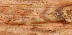
بكونه